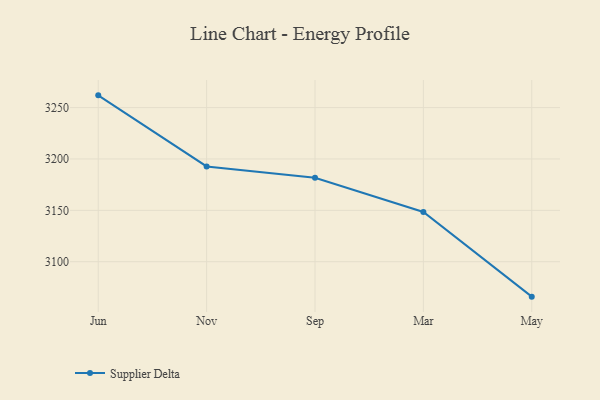
{"axis": {"x": "Month", "y": "Revenue (USD Million)"}, "legend": ["Supplier Delta"], "data": [{"x": "Jun", "y": 3261.9, "type": "Supplier Delta"}, {"x": "Nov", "y": 3192.7, "type": "Supplier Delta"}, {"x": "Sep", "y": 3181.7, "type": "Supplier Delta"}, {"x": "Mar", "y": 3148.4, "type": "Supplier Delta"}, {"x": "May", "y": 3066.0, "type": "Supplier Delta"}]}